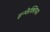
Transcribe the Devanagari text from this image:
इन्फेक्शियस